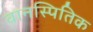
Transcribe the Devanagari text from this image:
वानस्पितिक